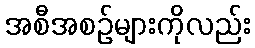
အစီအစဉ်များကိုလည်း